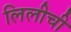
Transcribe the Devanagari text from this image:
लिलीची